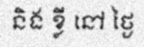
និង ខ្លី នៅ ថ្ងៃ